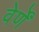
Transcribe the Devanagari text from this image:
वेर्णें